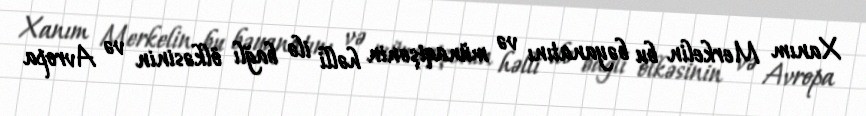
Xanım Merkelin bu bəyanatını və münaqişənin həlli ilə bağlı ölkəsinin və Avropa